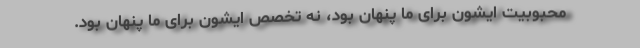
محبوبیت ایشون برای ما پنهان بود، نه تخصص ایشون برای ما پنهان بود.